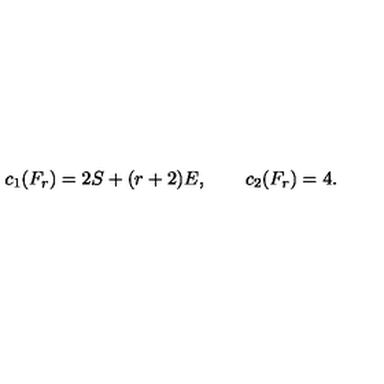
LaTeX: c _ { 1 } ( F _ { r } ) = 2 S + ( r + 2 ) E , \qquad c _ { 2 } ( F _ { r } ) = 4 .